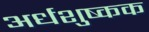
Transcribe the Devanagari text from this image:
अर्धशुष्कक